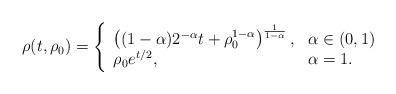
LaTeX: \begin{align*} \rho(t,\rho_0)=\left\{\begin{array}{ll} \left((1-\alpha)2^{-\alpha}t+\rho_0^{1-\alpha}\right)^{\frac{1}{1-\alpha}}, & \alpha\in(0,1) \\ \rho_0e^{t/2},& \alpha=1. \end{array}\right.\end{align*}